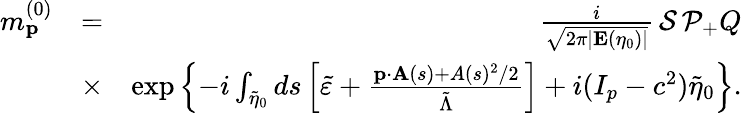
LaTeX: \begin{array}{rlr}{m_{\mathbf{p}}^{(0)}}&{=}&{\frac{i}{\sqrt{2\pi|\mathbf{E}(\eta_{0})|}}\, {\cal S}\, {\cal P}_{+}Q}\\ &{\times}&{\exp\left\{ -i\int_{\tilde{\eta}_{0}}ds\left[\tilde{\varepsilon}+\frac{\mathbf{p}\cdot\mathbf{A}(s)+A(s)^{2}/2}{\tilde{\Lambda}}\right]+i(I_{p}-c^{2})\tilde{\eta}_{0}\right\} .}\end{array}